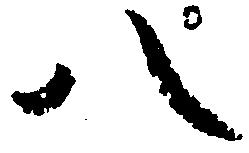
八